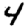
Digit: 4